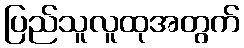
ပြည်သူလူထုအတွက်